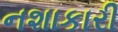
નશાકારી